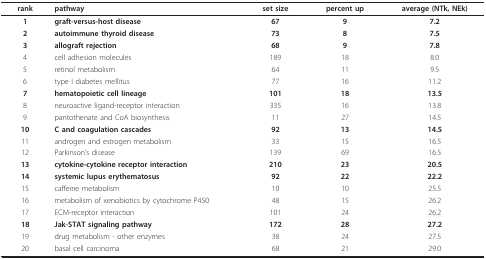
<table><thead><tr><td><b>rank</b></td><td><b>pathway</b></td><td><b>set size</b></td><td><b>percent up</b></td><td><b>average (NTk, NEk)</b></td></tr></thead><tbody><tr><td><b>1</b></td><td><b>graft-versus-host disease</b></td><td><b>67</b></td><td><b>9</b></td><td><b>7.2</b></td></tr><tr><td><b>2</b></td><td><b>autoimmune thyroid disease</b></td><td><b>73</b></td><td><b>8</b></td><td><b>7.5</b></td></tr><tr><td><b>3</b></td><td><b>allograft rejection</b></td><td><b>68</b></td><td><b>9</b></td><td><b>7.8</b></td></tr><tr><td>4</td><td>cell adhesion molecules</td><td>189</td><td>18</td><td>8.0</td></tr><tr><td>5</td><td>retinol metabolism</td><td>64</td><td>11</td><td>9.5</td></tr><tr><td>6</td><td>type I diabetes mellitus</td><td>77</td><td>16</td><td>11.2</td></tr><tr><td><b>7</b></td><td><b>hematopoietic cell lineage</b></td><td><b>101</b></td><td><b>18</b></td><td><b>13.5</b></td></tr><tr><td>8</td><td>neuroactive ligand-receptor interaction</td><td>335</td><td>16</td><td>13.8</td></tr><tr><td>9</td><td>pantothenate and CoA biosynthesis</td><td>11</td><td>27</td><td>14.5</td></tr><tr><td><b>10</b></td><td><b>C and coagulation cascades</b></td><td><b>92</b></td><td><b>13</b></td><td><b>14.5</b></td></tr><tr><td>11</td><td>androgen and estrogen metabolism</td><td>33</td><td>15</td><td>16.5</td></tr><tr><td>12</td><td>Parkinson&#x27;s disease</td><td>139</td><td>69</td><td>16.5</td></tr><tr><td><b>13</b></td><td><b>cytokine-cytokine receptor interaction</b></td><td><b>210</b></td><td><b>23</b></td><td><b>20.5</b></td></tr><tr><td><b>14</b></td><td><b>systemic lupus erythematosus</b></td><td><b>92</b></td><td><b>22</b></td><td><b>22.2</b></td></tr><tr><td>15</td><td>caffeine metabolism</td><td>10</td><td>10</td><td>25.5</td></tr><tr><td>16</td><td>metabolism of xenobiotics by cytochrome P450</td><td>48</td><td>15</td><td>26.2</td></tr><tr><td>17</td><td>ECM-receptor interaction</td><td>101</td><td>24</td><td>26.2</td></tr><tr><td><b>18</b></td><td><b>Jak-STAT signaling pathway</b></td><td><b>172</b></td><td><b>28</b></td><td><b>27.2</b></td></tr><tr><td>19</td><td>drug metabolism - other enzymes</td><td>38</td><td>24</td><td>27.5</td></tr><tr><td>20</td><td>basal cell carcinoma</td><td>68</td><td>21</td><td>29.0</td></tr></tbody></table>